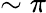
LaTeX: \sim\pi